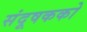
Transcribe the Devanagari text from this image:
संदूषकको